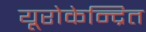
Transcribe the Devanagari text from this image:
यूरोकेन्द्रित